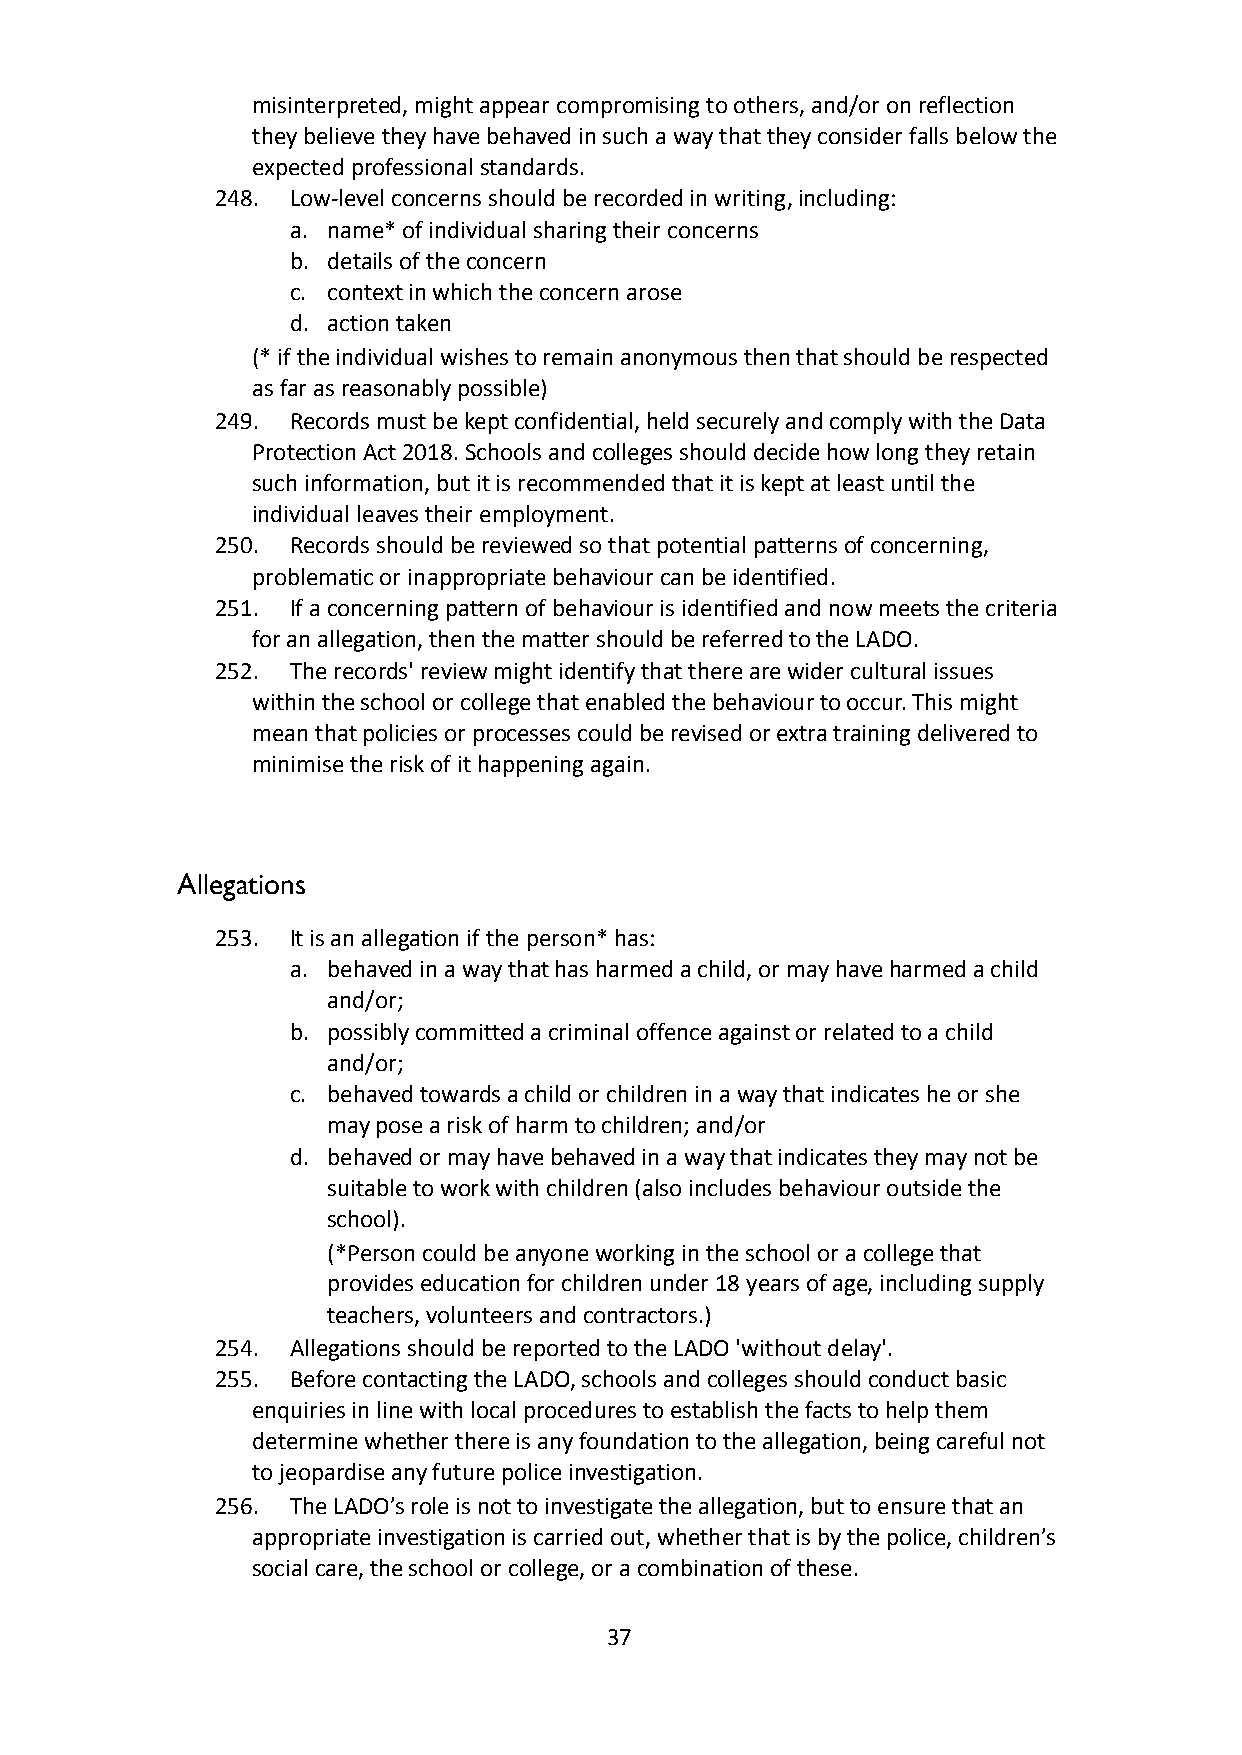
misinterpreted, might appear compromising to others, and/or on reflection
 they believe they have behaved in such a way thatthey consider falls below the
 expected professional standards.
 248. Low-level concerns should be recorded in writing,including:
 a. name* of individual sharing their concerns
 b. details of the concern
 c. context in which the concern arose
 d. action taken
 (* if the individual wishes to remain anonymous thenthat should be respected
 as far as reasonably possible)
 249. Records must be kept confidential, held securely andcomply with the Data
 Protection Act 2018. Schools and colleges should decidehow long they retain
 such information, but it is recommended that it iskept at least until the
 individual leaves their employment.
 250. Records should be reviewed so that potential patternsof concerning,
 problematic or inappropriate behaviour can be identified.
 251. If a concerning pattern of behaviour is identifiedand now meets the criteria
 for an allegation, then the matter should be referredto the LADO.
 252. The records' review might identify that there arewider cultural issues
 within the school or college that enabled the behaviourto occur. This might
 mean that policies or processes could be revised orextra training delivered to
 minimise the risk of it happening again.
 Allegations
 253. It is an allegation if the person* has:
 a. behaved in a way that has harmed a child, or may haveharmed a child
 and/or;
 b. possibly committed a criminal offence against or relatedto a child
 and/or;
 c. behaved towards a child or children in a way thatindicates he or she
 may pose a risk of harm to children; and/or
 d. behaved or may have behaved in a way that indicatesthey may not be
 suitable to work with children (also includes behaviouroutside the
 school).
 (*Person could be anyone working in the school ora college that
 provides education for children under 18 years ofage, including supply
 teachers, volunteers and contractors.)
 254. Allegations should be reported to the LADO 'withoutdelay'.
 255. Before contacting the LADO, schools and colleges shouldconduct basic
 enquiries in line with local procedures to establishthe facts to help them
 determine whether there is any foundation to the allegation,being careful not
 to jeopardise any future police investigation.
 256. The LADO’s role is not to investigate the allegation,but to ensure that an
 appropriate investigation is carried out, whetherthat is by the police, children’s
 social care, the school or college, or a combinationof these.
 37